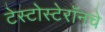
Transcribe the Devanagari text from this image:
टेस्टोस्टेरॉनचे